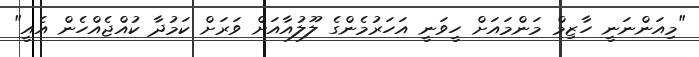
"މިއަންނަނީ ހާޒިމް މަންމައަށް ހީވަނީ އަހަރުމެންގެ ލޫލުއާއަށް ވަރަށް ކަމުދާ ކުއްޖެއްހެން އެއީ"